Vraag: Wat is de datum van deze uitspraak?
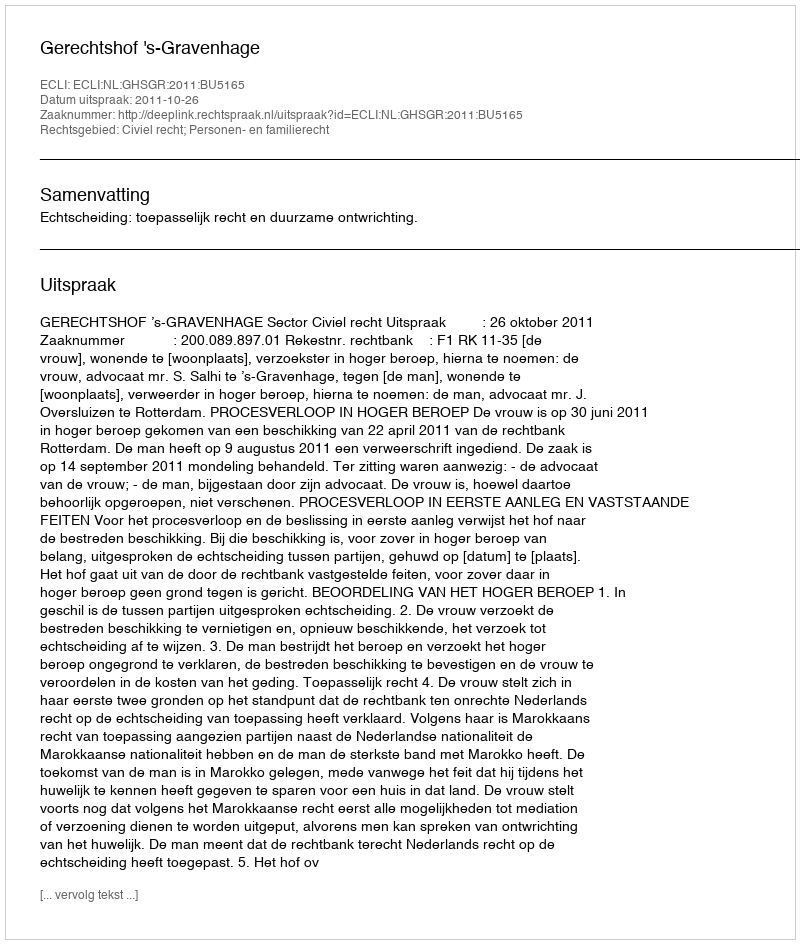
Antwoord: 2011-10-26